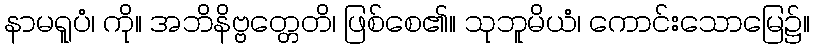
နာမရူပံ၊ ကို။ အဘိနိဗ္ဗတ္တေတိ၊ ဖြစ်စေ၏။ သုဘူမိယံ၊ ကောင်းသောမြေ၌။